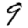
Digit: 9